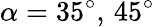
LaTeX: \alpha=35^{\circ},\, 45^{\circ}